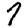
Digit: 7